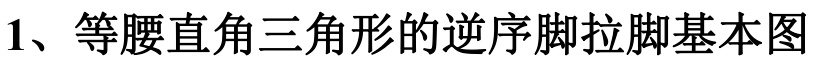
1、等腰直角三角形的逆序脚拉脚基本图